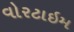
વોરટાઇમ